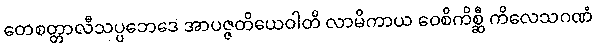
တေစတ္တာလီသပ္ပဘေဒေ အာပဇ္ဇတိယေဝါတိ လာမိကာယ ဝေစိကိစ္ဆီ ကိလေသဂဏံ